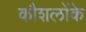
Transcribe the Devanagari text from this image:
कौशलोंके